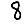
Digit: 8